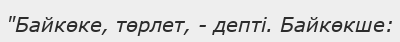
"Байкөке, төрлет, - депті. Байкөкше: